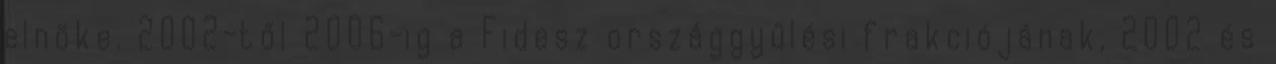
elnöke. 2002-től 2006-ig a Fidesz országgyűlési frakciójának, 2002 és